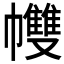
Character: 𢅻